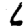
Digit: 6